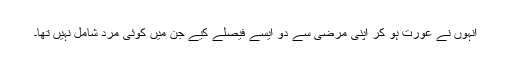
انہوں نے عورت ہو کر اپنی مرضی سے دو ایسے فیصلے کیے جن میں کوئی مرد شامل نہیں تھا۔